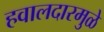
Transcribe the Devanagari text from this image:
हवालदारमुळे